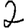
Digit: 2